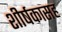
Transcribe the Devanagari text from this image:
शीर्षकासह